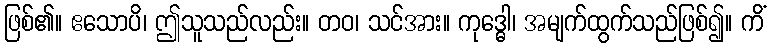
ဖြစ်၏။ ဧသောပိ၊ ဤသူသည်လည်း။ တဝ၊ သင်အား။ ကုဒ္ဓေါ၊ အမျက်ထွက်သည်ဖြစ်၍။ ကိံ